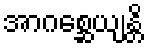
အာဂစ္ဆေယျန္တိ